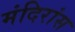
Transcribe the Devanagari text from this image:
मंदिरांस